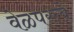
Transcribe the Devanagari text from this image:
वेळपरत्वे